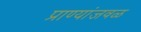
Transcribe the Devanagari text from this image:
प्राण्यांजवळ